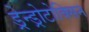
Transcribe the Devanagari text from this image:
ड्रेन्ड्रोटोक्सिन